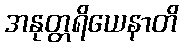
အနုတ္တရိယေနာတိ